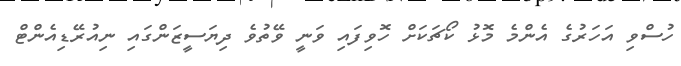
ހުސްވި އަހަރުގެ އެންމެ މޮޅު ކޯޗަކަށް ހޮވިފައި ވަނީ ވޭތުވެ ދިޔަސީޒަންގައި ނިއުރޭޑިއެންޓް